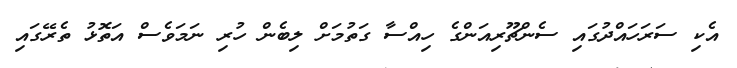
އެކި ސަރަހައްދުގައި ސެންޗޫރިއަންގެ ހިއްސާ ގަތުމަށް ލިބެން ހުރި ނަމަވެސް އަތޮޅު ތެރޭގައި